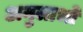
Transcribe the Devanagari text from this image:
अनुलाभों